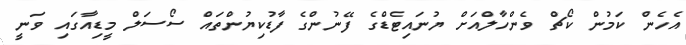
އެހެން ކަމުން ކޯޗް ވެންހާލްއަށް ޔުނައިޓެޑްގެ ފޭނުންގެ ފާޑުކިޔުންތައް ސޯސަލް މީޑިއާގައި ވަނީ